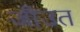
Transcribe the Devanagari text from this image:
जीउत